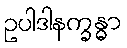
ဥပါဒါနက္ခန္ဓာ